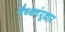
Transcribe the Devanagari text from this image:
नैषधचंपूकार